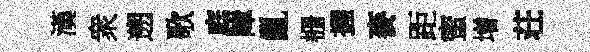
漢衆遡歌庭障亂栅握麥距蜜增荘